Development of the parasite of Indian kala azar - Number 53
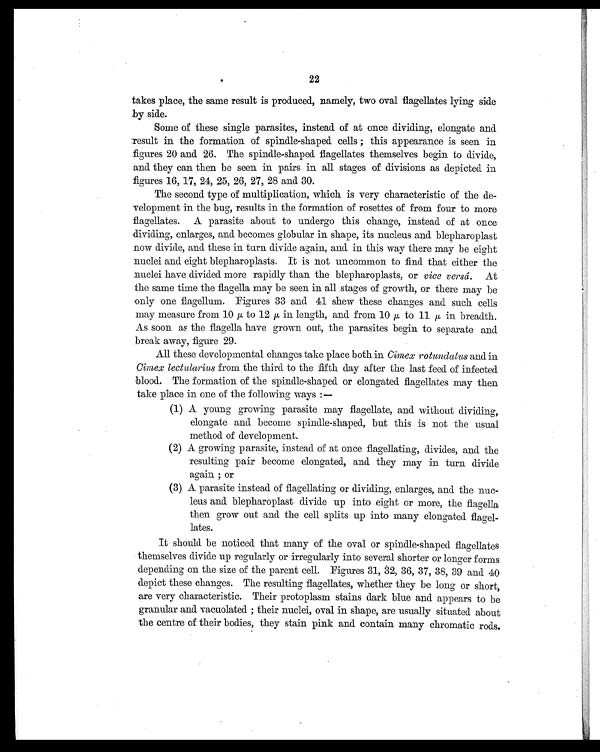
22
takes place, the same result is produced, namely, two oval flagellates lying side
by side.
Some of these single parasites, instead of at once dividing, elongate and
result in the formation of spindle-shaped cells ; this appearance is seen in
figures 20 and 26. The spindle-shaped flagellates themselves begin to divide,
and they can then be seen in pairs in all stages of divisions as depicted in
figures 16, 17, 24, 25, 26, 27, 28 and 30.
The second type of multiplication, which is very characteristic of the de-
velopment in the bug, results in the formation of rosettes of from four to more
flagellates. A parasite about to undergo this change, instead of at once
dividing, enlarges, and becomes globular in shape, its nucleus and blepharoplast
now divide, and these in turn divide again, and in this way there may be eight
nuclei and eight blepharoplasts. It is not uncommon to find that either the
nuclei have divided more rapidly than the blepharoplasts, or vice versá. At
the same time the flagella may be seen in all stages of growth, or there may be
only one flagellum. Figures 33 and 41 shew these changes and such cells
may measure from 10 µ to 12 µ in length, and. from 10 µ to 11 in breadth.
As soon as the flagella have grown out, the parasites begin to separate and
break away, figure 29.
All these developmental changes take place both in Cimex rotundatus and in
Cimex lectularius from the third to the fifth day after the last feed of infected
blood. The formation of the spindle-shaped or elongated flagellates may then
take place in one of the following ways :—
(1) A young growing parasite may flagellate, and without dividing,
elongate and become spindle-shaped, but this is not the usual
method of development.
(2) A growing parasite, instead of at once flagellating, divides, and. the
resulting pair become elongated, and they may in turn divide
again ; or
(3) A parasite instead of flagellating or dividing, enlarges, and the nuc-
leus and blepharoplast divide up into eight or more, the flagella
then grow out and the cell splits up into many elongated flagel- -
lates.
It should be noticed that many of the oval or spindle-shaped flagellates
themselves divide up regularly or irregularly into several shorter or longer forms
depending on the size of the parent cell. Figures 31, 32, 36, 37, 38, 39 and 40
depict these changes. The resulting flagellates, whether they be long or short,
are very characteristic. Their protoplasm stains dark blue and appears to be
granular and vacuolated ; their nuclei, oval in shape, are usually situated about
the centre of their bodies, they stain pink and contain many chromatic rods.